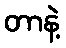
တာနဲ့